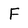
Character: F